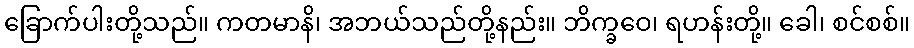
ခြောက်ပါးတို့သည်။ ကတမာနိ၊ အဘယ်သည်တို့နည်း။ ဘိက္ခဝေ၊ ရဟန်းတို့။ ခေါ၊ စင်စစ်။